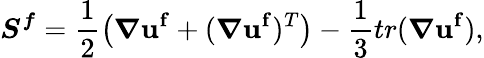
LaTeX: \boldsymbol{S^{f}}=\frac{1}{2}\left(\boldsymbol{\nabla}\mathbf{u^{f}}+(\boldsymbol{\nabla}\mathbf{u^{f}})^{T}\right)-\frac{1}{3}tr(\boldsymbol{\nabla}\mathbf{u^{f}}),